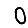
Digit: 0